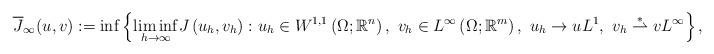
LaTeX: \begin{align*}\overline{J}_{\infty}(u,v) :=\inf\left\{ \underset{h\rightarrow\infty}{\lim\inf}J\left( u_h,v_h\right) :u_h\in W^{1,1}\left(\Omega;\mathbb{R}^{n}\right) ,~v_h\in L^{\infty}\left( \Omega;\mathbb{R}^{m}\right) ,~u_h\rightarrow uL^{1},~v_h\overset{\ast}{\rightharpoonup}vL^{\infty}\right\} ,\end{align*}